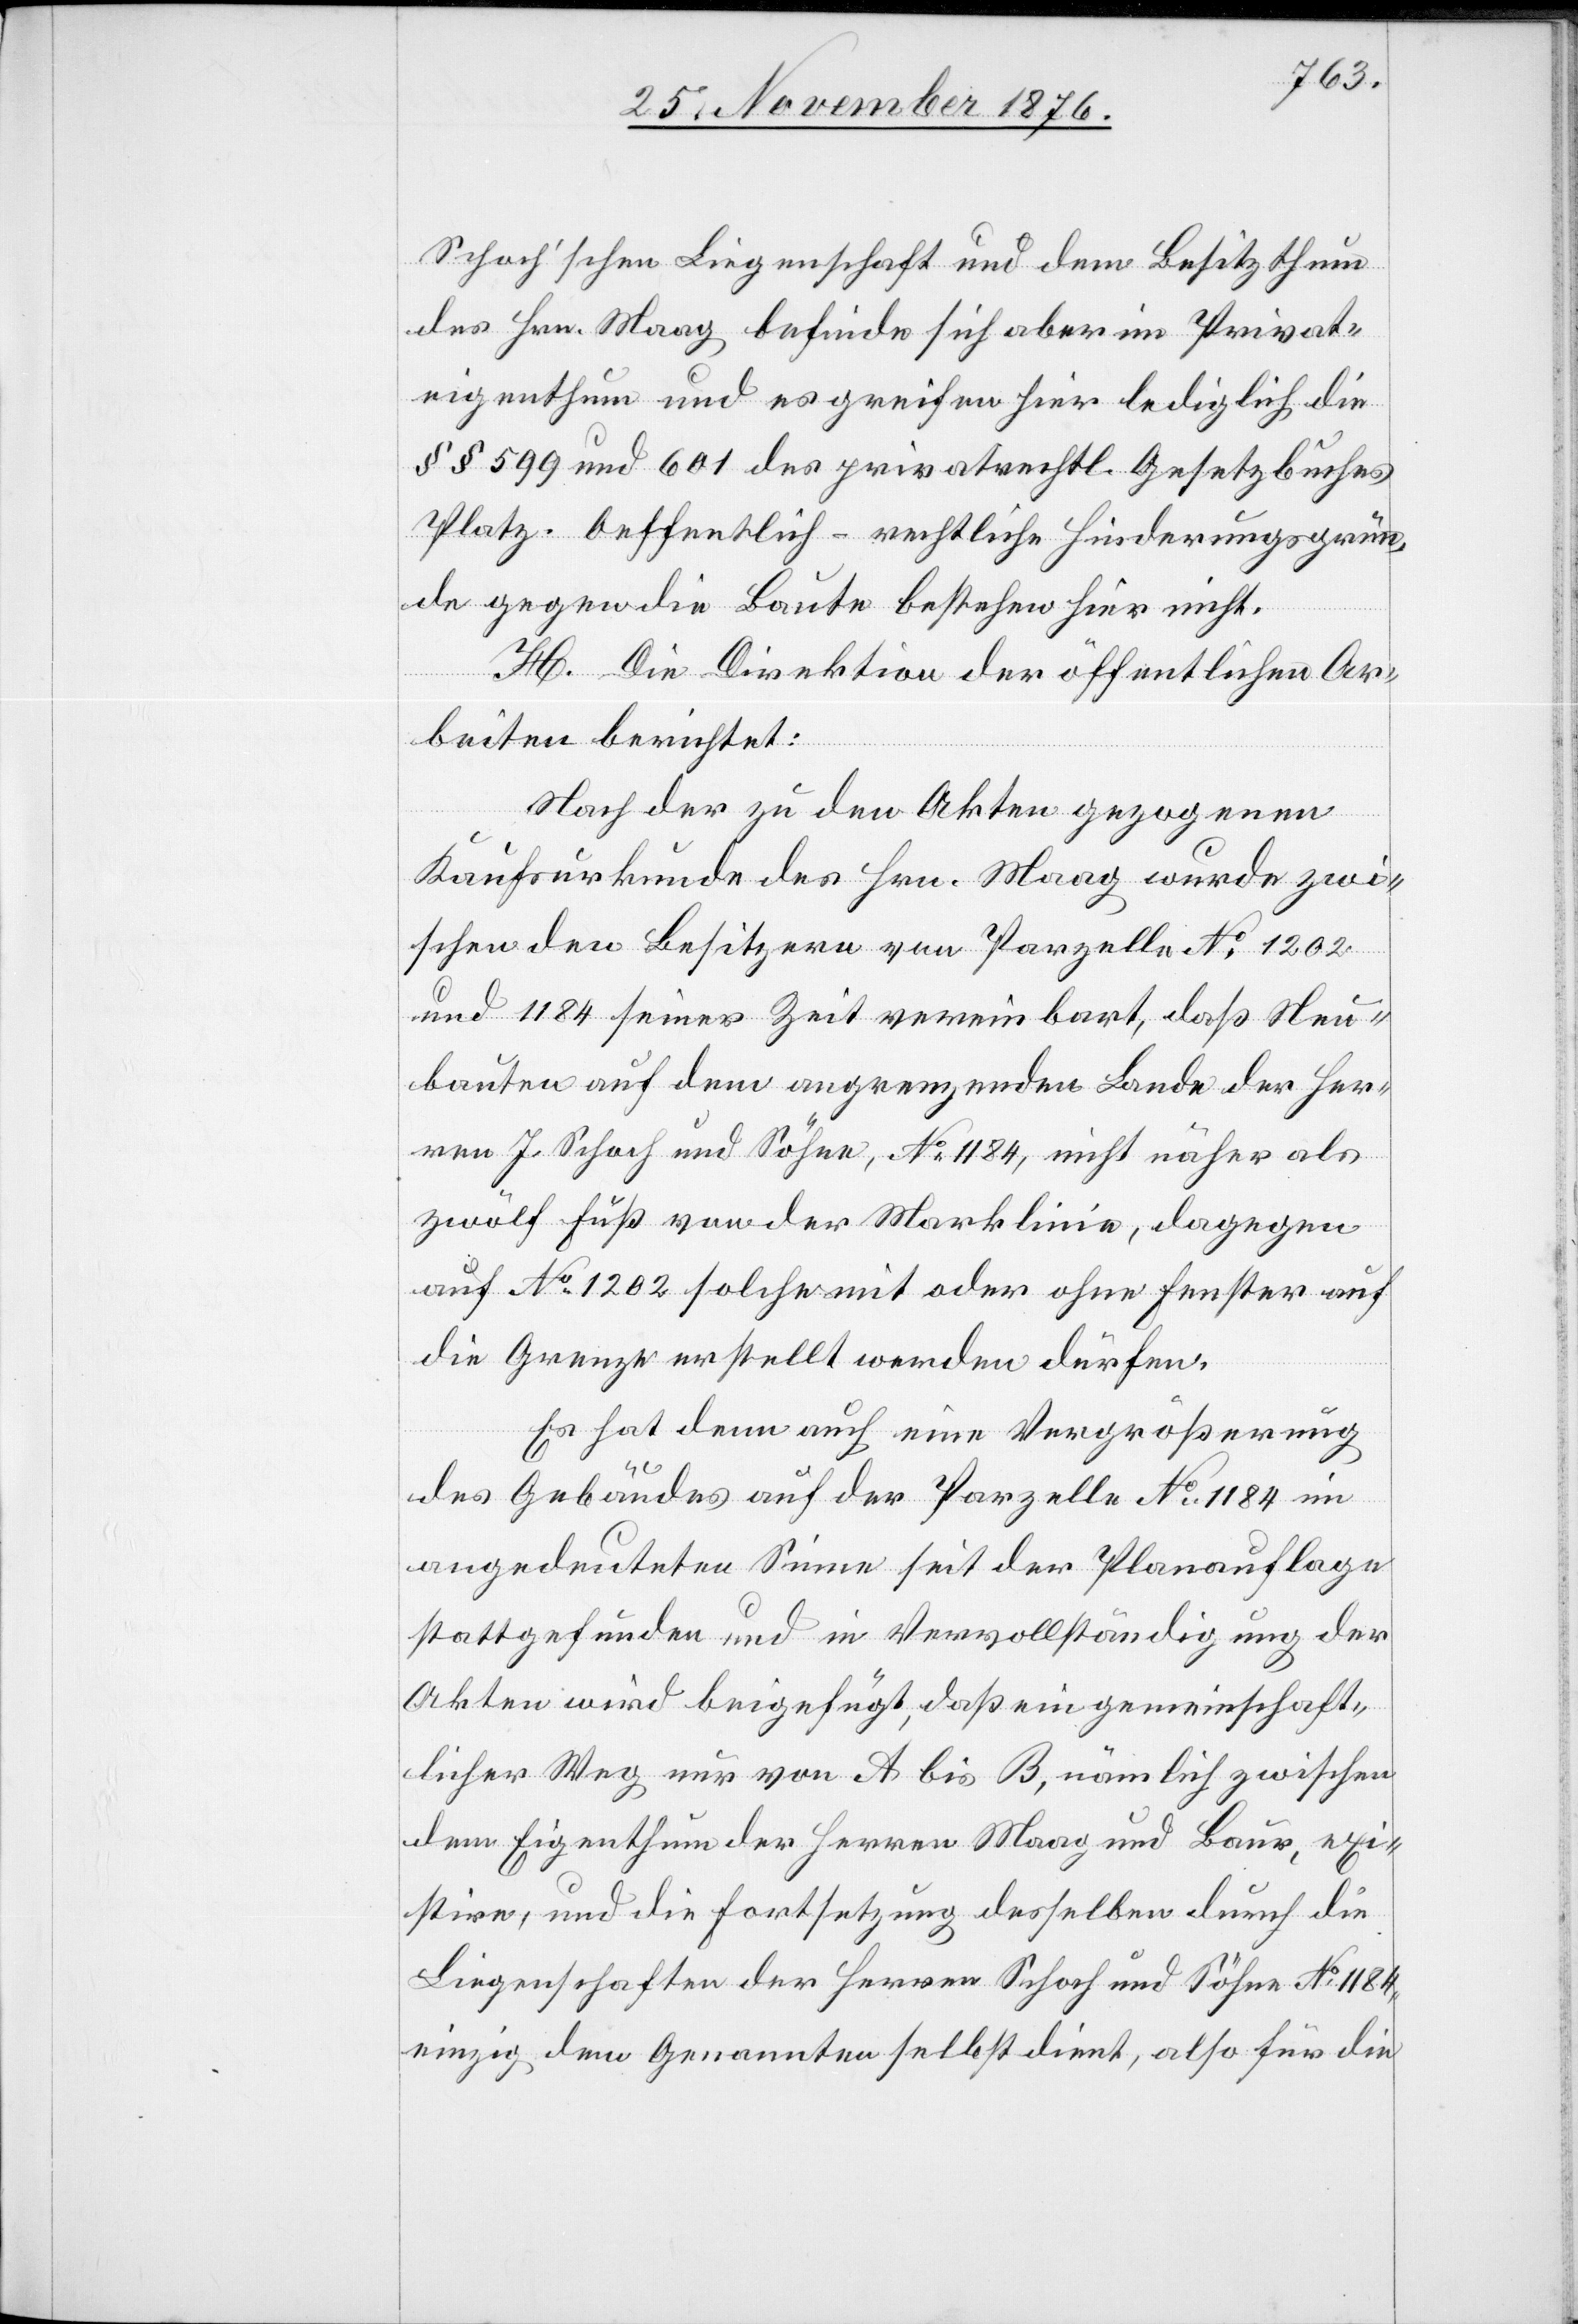
Schoch’schen Liegenschaft und dem Besitzthum
des Hrn. Maag befinde sich aber im Privat¬
eigenthum und es greifen hier lediglich die
§§ 599 und 601 des privatrechtl. Gesetzbuches
Platz. Oeffentlich-rechtliche Hinderungsgrün¬
de gegen die Baute bestehen hier nicht.
H. Die Direktion der öffentlichen Ar¬
beiten berichtet:
Nach der zu den Akten gezogenen
Kaufsurkunde des Hrn. Maag wurde zwi¬
schen den Besitzern von Parzelle No 1202
und 1184 seiner Zeit vereinbart, daß Neu¬
bauten auf dem angrenzenden Lande der Her¬
ren J. Schoch und Söhne, No 1184, nicht näher als
zwölf Fuß von der Marklinie, dagegen
auf No 1202 solche mit oder ohne Fenster auf
die Grenze erstellt werden dürfen
Es hat denn auch eine Vergrößerung
des Gebäudes auf der Parzelle No 1184 im
angedeuteten Sinne seit der Planauflage
stattgefunden und in Vervollständigung der
Akten wird beigefügt, daß ein gemeinschaft¬
licher Weg nur von A bis B, nämlich zwischen
dem Eigenthum der Herren Maag und Baur, exi¬
stire, und die Fortsetzung desselben durch die
Liegenschaften der Herren Schoch und Söhne No 1184,
einzig dem Genannten selbst dient, also für die